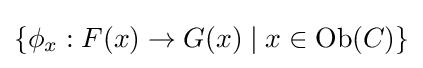
\{\phi _{x}:F(x)\to G(x)\mid x\in \operatorname {Ob} (C)\}